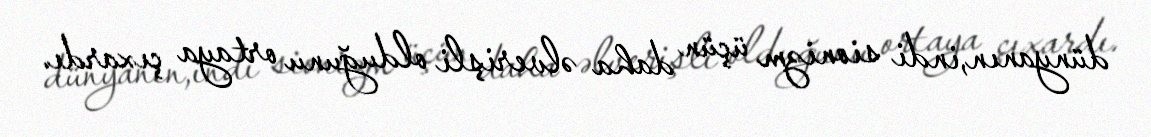
dünyanın,indi sionizm üçün daha əlverişli olduğunu ortaya çıxardı.